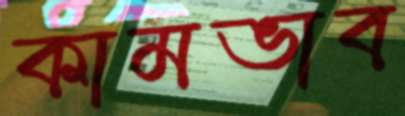
কামভাব